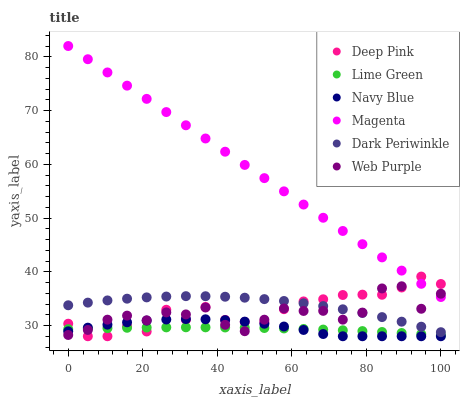
| xaxis_label | Deep Pink | Lime Green | Navy Blue | Magenta | Dark Periwinkle | Web Purple |
 | --- | --- | --- | --- | --- | --- | --- |
 | 0 | 30.3 | 29.3 | 28.9 | 82 | 33.8 | 28.2 |
 | 5.26 | 28 | 29.4 | 29.6 | 79.5 | 34.3 | 29.2 |
 | 10.5 | 28 | 29.5 | 30.2 | 77.1 | 34.7 | 31.1 |
 | 15.8 | 29.9 | 29.6 | 30.6 | 74.6 | 35 | 31.8 |
 | 21.1 | 28.9 | 29.6 | 30.9 | 72.2 | 35.2 | 31 |
 | 26.3 | 32.9 | 29.7 | 31.1 | 69.7 | 35.4 | 32.4 |
 | 31.6 | 31.1 | 29.7 | 31.2 | 67.3 | 35.5 | 32.1 |
 | 36.8 | 33.4 | 29.7 | 31.2 | 64.8 | 35.4 | 33.4 |
 | 42.1 | 31 | 29.6 | 31 | 62.3 | 35.4 | 30.1 |
 | 47.4 | 30.7 | 29.6 | 30.7 | 59.9 | 35.2 | 28.9 |
 | 52.6 | 30.6 | 29.5 | 30.3 | 57.4 | 34.9 | 31.1 |
 | 57.9 | 33 | 29.5 | 29.8 | 55 | 34.6 | 33.2 |
 | 63.2 | 34.5 | 29.4 | 29.2 | 52.5 | 34.1 | 32.7 |
 | 68.4 | 34.9 | 29.2 | 28.4 | 50 | 33.6 | 32.7 |
 | 73.7 | 35.7 | 29.1 | 28 | 47.6 | 33 | 31.1 |
 | 78.9 | 35.7 | 29 | 28 | 45.1 | 32.3 | 32.4 |
 | 84.2 | 35.7 | 28.8 | 28 | 42.7 | 31.6 | 36.9 |
 | 89.5 | 37.1 | 28.6 | 28 | 40.2 | 30.7 | 37.3 |
 | 94.7 | 39.1 | 28.4 | 28 | 37.8 | 29.8 | 33.1 |
 | 100 | 37.7 | 28.2 | 28 | 35.3 | 28.8 | 35.9 |